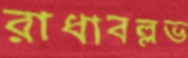
রাধাবল্লভ